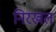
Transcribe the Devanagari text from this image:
निरखत